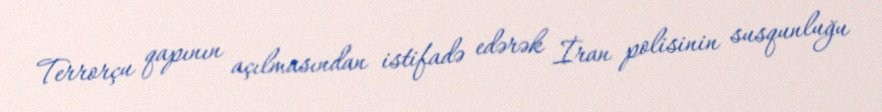
Terrorçu qapının açılmasından istifadə edərək İran polisinin susqunluğu